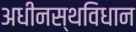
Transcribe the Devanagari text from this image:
अधीनस्थविधान